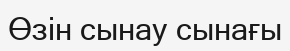
Өзін сынау сынағы